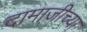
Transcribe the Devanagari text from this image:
दामाजीच्या